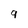
Character: 9